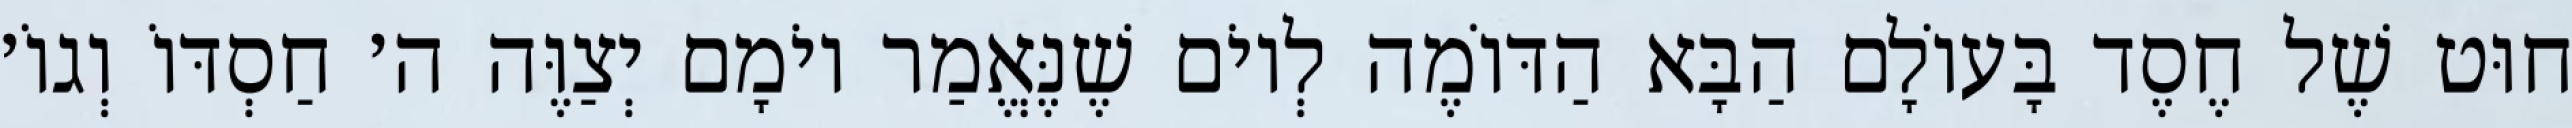
חוּט שֶׁל חֶסֶד בָּעוֹלָם הַבָּא הַדּוֹמֶה לְיוֹם שֶׁנֶּאֱמַר יוֹמָם יְצַוֶּה ה׳ חַסְדּוֹ וְגוֹ׳